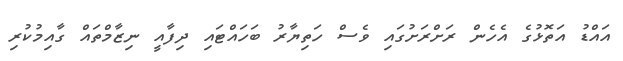
އައްޑު އަތޮޅުގެ އެހެން ރަށްރަށުގައި ވެސް ހަތިޔާރު ބަހައްޓައި ދިފާއީ ނިޒާމްތައް ގާއިމުކުރި